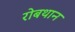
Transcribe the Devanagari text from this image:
रोबथान